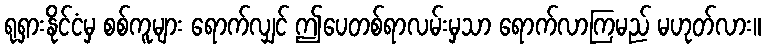
ရုရှားနိုင်ငံမှ စစ်ကူများ ရောက်လျှင် ဤပေတစ်ရာလမ်းမှသာ ရောက်လာကြမည် မဟုတ်လား။